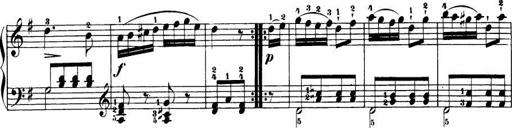
Title: Le bouquetier
Composer: Anton Diabelli
Key: G major
 C major
 F major
 C major